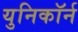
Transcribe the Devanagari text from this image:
युनिकॉर्न